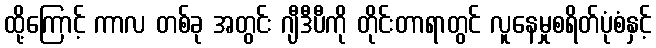
ထို့ကြောင့် ကာလ တစ်ခု အတွင်း ဂျီဒီပီကို တိုင်းတာရာတွင် လူနေမှုစရိတ်ပုံစံနှင့်